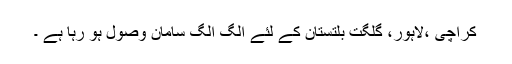
کراچی ،لاہور، گلگت بلتستان کے لئے الگ الگ سامان وصول ہو رہا ہے ۔